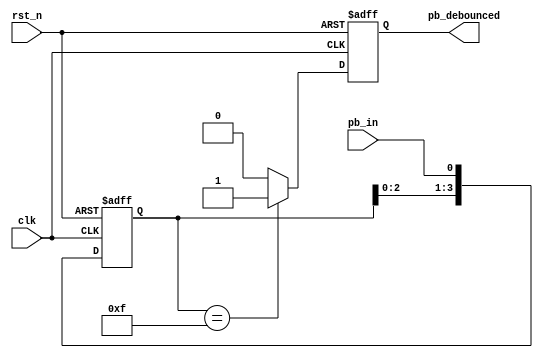
`timescale 1ns / 1ps
module debounce_circuit(
input  clk, 
input  rst_n, 
input  pb_in, 
output reg pb_debounced
);

reg [3:0] debounce_window; 
reg pb_debounced_next; 

always @(posedge clk or negedge rst_n)
  if (~rst_n)
    debounce_window <= 3'd0;
  else
    debounce_window <= {debounce_window[2:0],pb_in}; 


always @*
  if (debounce_window == 4'b1111) 
    pb_debounced_next = 1'b1;
  else
    pb_debounced_next = 1'b0;

always @(posedge clk or negedge rst_n)
  if (~rst_n)
    pb_debounced <= 1'b0;
  else
    pb_debounced <= pb_debounced_next;
	 
endmodule